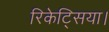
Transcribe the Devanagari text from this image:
रिकेट्सिया।